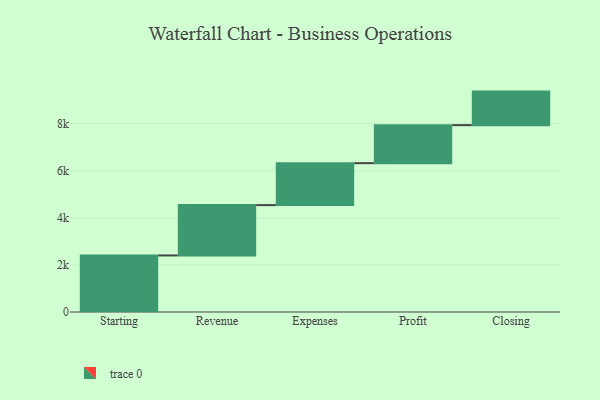
{"axis": {"x": "Step", "y": "Value"}, "legend": [""], "data": [{"x": "Starting", "y": 2402.0, "type": ""}, {"x": "Revenue", "y": 2139.0, "type": ""}, {"x": "Expenses", "y": 1781.0, "type": ""}, {"x": "Profit", "y": 1615.0, "type": ""}, {"x": "Closing", "y": 1425.0, "type": ""}]}